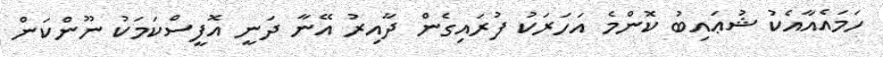
ހަމައެއާއެކު ޝުޢައިބު ކޮންމެ އަހަރަކު ފުރައިގެން ދާއިރު އޭނާ ދަނީ އޮފީސްކަމަކު ނޫންކަން